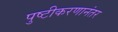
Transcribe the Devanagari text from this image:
पुष्टीकरणानंतर